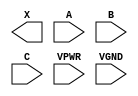
module sky130_fd_sc_hs__or3 (
    X   ,
    A   ,
    B   ,
    C   ,
    VPWR,
    VGND
);

    output X   ;
    input  A   ;
    input  B   ;
    input  C   ;
    input  VPWR;
    input  VGND;
endmodule